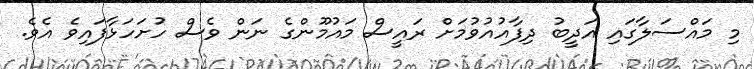
މި މައްސަލާގައި އަދީބު ދިފާއުއުވުމަށް ރައީސް މައުމޫންގެ ނަން ވެސް ހުށަހަޅާފައިވެ އެވެ.